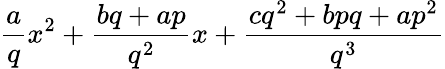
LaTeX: {\frac{a}{q}}x^{2}+{\frac{bq+ap}{q^{2}}}x+{\frac{cq^{2}+bpq+ap^{2}}{q^{3}}}